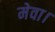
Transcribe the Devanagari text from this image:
मेवा।